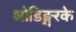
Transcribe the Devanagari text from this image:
श्रोडिङ्गरके